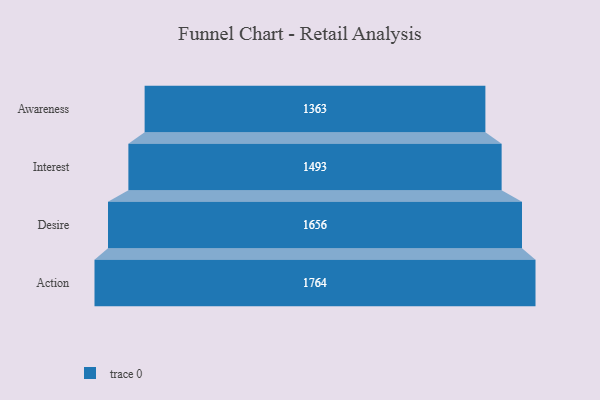
{"axis": {"x": "Stage", "y": "Value"}, "legend": [""], "data": [{"x": "Awareness", "y": 1363.0, "type": ""}, {"x": "Interest", "y": 1493.0, "type": ""}, {"x": "Desire", "y": 1656.0, "type": ""}, {"x": "Action", "y": 1764.0, "type": ""}]}